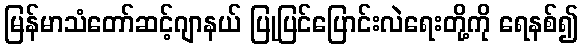
မြန်မာသံတော်ဆင့်ဂျာနယ် ပြုပြင်ပြောင်းလဲရေးတို့ကို ရေနစ်၍